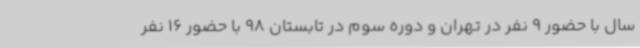
سال با حضور 9 نفر در تهران و دوره سوم در تابستان 98 با حضور 16 نفر